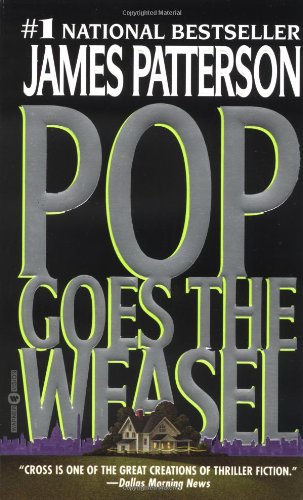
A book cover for Pop Goes the Weasel (Alex Cross); James Patterson; Mystery, Thriller & Suspense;